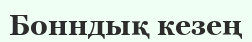
Бонндық кезең